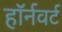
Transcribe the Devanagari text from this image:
हॉर्नवर्ट